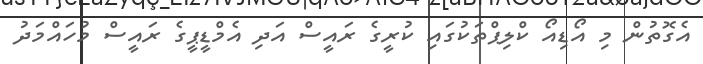
އެގޮތުން މި އޯޑިއޯ ކްލިޕްތަކުގައި ކުރީގެ ރައީސް އަދި އެމްޑީޕީގެ ރައީސް މުހައްމަދު